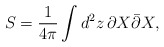
\begin{align*}S= \frac{1}{4\pi} \int d^2z\,\partial X \bar\partial X, \end{align*}